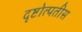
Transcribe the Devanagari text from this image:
दृष्टोत्पतीस